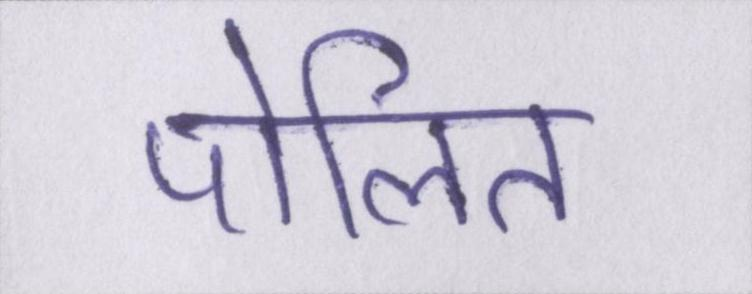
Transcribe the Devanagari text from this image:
पोलित